Leaving Certificate Examination (including Day School Certificate (Higher) General paper), 1936
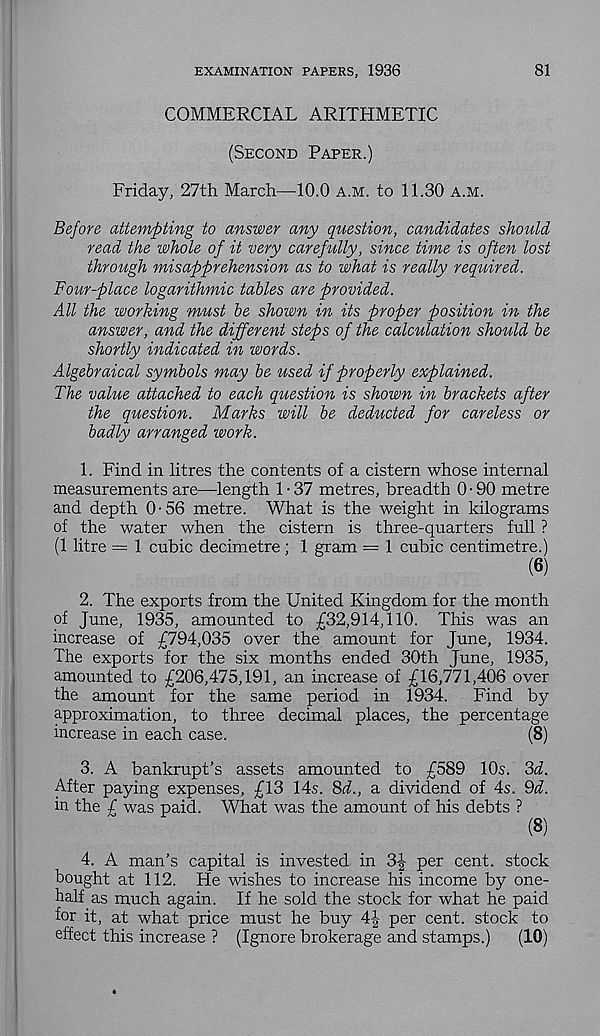
EXAMINATION PAPERS, 1936
81
COMMERCIAL ARITHMETIC
(Second Paper.)
Friday, 27th March—10.0 a.m. to 11.30 a.m.
Before attempting to answer any question, candidates should
read the whole of it very carefully, since time is often lost
through misapprehension as to what is really required.
Four-place logarithmic tables are provided.
All the working must be shown in its proper position in the
answer, and the different steps of the calculation should be
shortly indicated in words.
Algebraical symbols may be used if properly explained.
The value attached to each question is shown in brackets after
the question. Marks will be deducted for careless or
badly arranged work.
1. Find in litres the contents of a cistern whose internal
measurements are—length 1-37 metres, breadth 0-90 metre
and depth 0-56 metre. What is the weight in kilograms
of the water when the cistern is three-quarters full ?
(1 litre = 1 cubic decimetre; 1 gram = 1 cubic centimetre.)
(6)
2. The exports from the United Kingdom for the month
of June, 1935, amounted to £32,914,110. This was an
increase of £794,035 over the amount for June, 1934.
The exports for the six months ended 30th June, 1935,
amounted to £206,475,191, an increase of £16,771,406 over
the amount for the same period in 1934.
Find by
approximation, to three decimal places, the percentage
increase in each case.
(8)
3. A bankrupt’s assets amounted to £589 10s. 3d.
After paying expenses, £13 14s. 3d., a dividend of 4s. Qd.
in the £ was paid. What was the amount of his debts ?
(8)
4. A man’s capital is invested in 3|- per cent, stock
bought at 112. He wishes to increase his income by one-
half as much again. If he sold the stock for what he paid
for it, at what price must he buy 4J per cent, stock to
effect this increase ? (Ignore brokerage and stamps.)
(10)